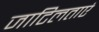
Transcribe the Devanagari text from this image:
जाटिलताएं